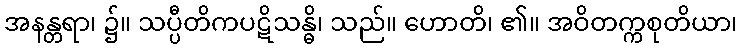
အနန္တရာ၊ ၌။ သပ္ပီတိကပဋိသန္ဓိ၊ သည်။ ဟောတိ၊ ၏။ အဝိတက္ကစုတိယာ၊